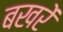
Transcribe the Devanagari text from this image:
बखरें